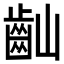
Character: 𪗘